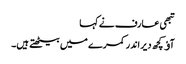
تبھی عارف نے کہا
آﺅ کچھ دیر اندر کمرے میں بیٹھتے ہیں۔